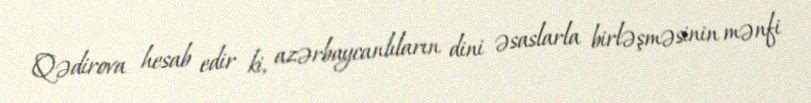
Qədirova hesab edir ki, azərbaycanlıların dini əsaslarla birləşməsinin mənfi